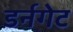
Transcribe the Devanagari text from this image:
डर्नगेट